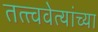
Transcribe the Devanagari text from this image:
तत्त्ववेत्यांच्या